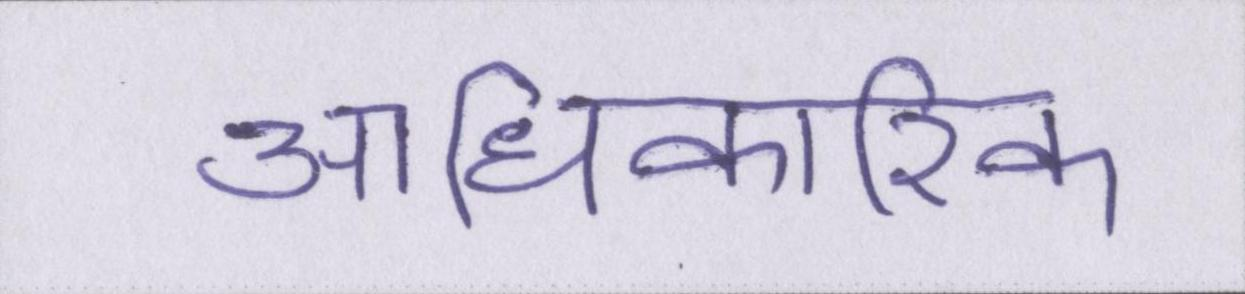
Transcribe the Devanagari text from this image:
आधिकारिक